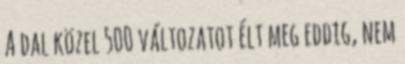
A dal közel 500 változatot élt meg eddig, nem